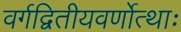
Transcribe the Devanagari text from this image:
वर्गद्वितीयवर्णोत्थाः